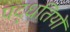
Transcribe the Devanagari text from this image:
पद्धतियोँ